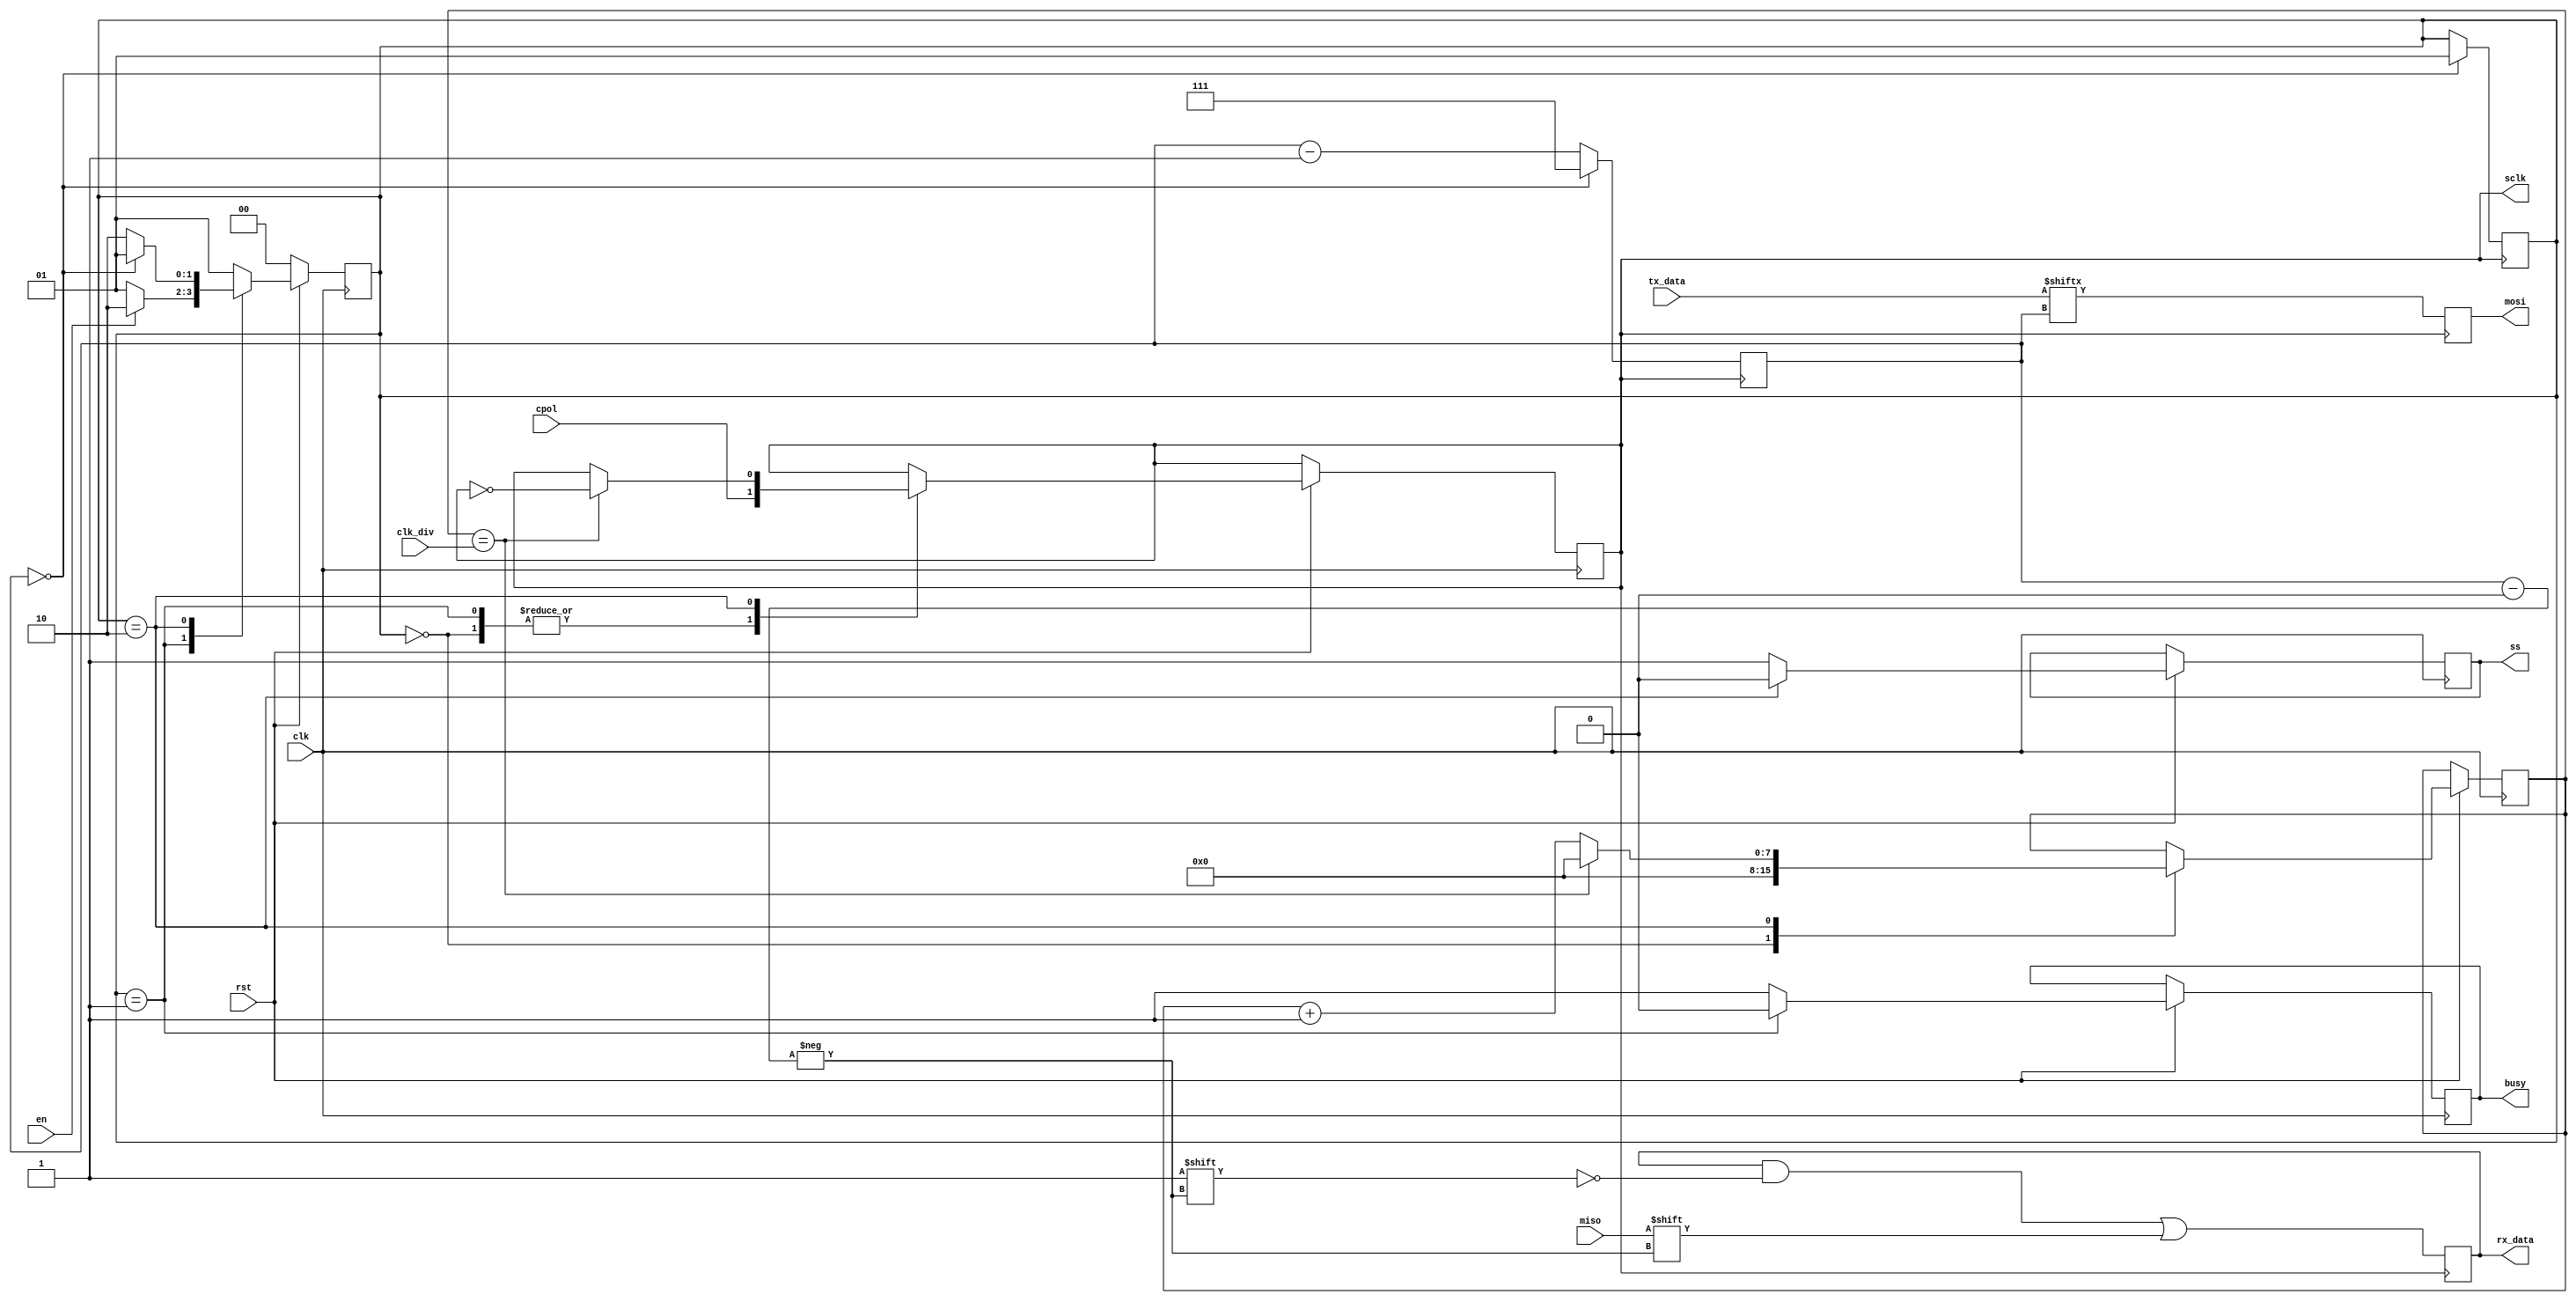
module spi
(
 input clk,		//ceas master
 input rst,
 input miso,  //master input slave output
 input en,
 //input cpha, //faza ceasului cpha=0 se trimit date pe frontul crescator
 input cpol,   //polaritatea ceasului cpol=0 ceasul incepe de la 0
 input [7:0] tx_data,
 input [7:0] clk_div,  //cat de mult divizam ceasul masterului pt slave
 output reg [7:0] rx_data,
 output reg sclk,		//serial clock pt slave	
 output reg busy,		
 output reg ss,		//slave select
 output reg mosi		//master output slave input
 //output reg [n-1]addr;
 );
 
//FSM states 
localparam RESET = 2'd0;
localparam IDLE = 2'd1;
localparam RUNNING = 2'd2;
				
reg [1:0] state;
reg [7:0] clock_div_cnt; //cand clock_div_cnt ajunge la clk_div, sclk isi schimba valoarea 
reg [2:0] bit_cnt = 3'd7;

//transfer & bit counter msb first
		always@(posedge sclk) begin
										mosi <= tx_data[bit_cnt];
										rx_data[bit_cnt] <= miso;
										bit_cnt <= bit_cnt-1;
										  if(bit_cnt == 0) begin
										    state<=IDLE;
										    bit_cnt <=7 ;
										    end
								end
	
				

		always@(posedge clk) begin
			if (~rst) begin 
				state <= RESET;
				end
			else begin
				state <= IDLE;
							
		case(state)
		
// state - RESET
		RESET : begin
		busy <= 1;
		ss <= 1;
		clock_div_cnt <= 0;
		sclk <= cpol;
		if(~rst)
		  state<=RESET;
		  else
		    state<=IDLE;
		end
		
// state - IDLE		
		IDLE: begin
		ss <= 1;
		busy <= 0;
		sclk <= cpol;
		if (en) begin
		state <= RUNNING;
		end
		else  begin
		      state <= IDLE;
		      end
		end
		
// state - RUNNING		
		RUNNING:	begin
		busy <= 1;
		ss <= 0;
//clock divider
		if (clock_div_cnt == clk_div) begin
								clock_div_cnt <=0;
								sclk <= ~sclk;
								end
									else 
									clock_div_cnt <= clock_div_cnt + 1;
          if(bit_cnt == 0) 
			         state <= IDLE;
				      	else
		            state <= RUNNING;
		end	
	  
	  default : begin
		busy <= 1;
		ss <= 1;
		state <= IDLE;
		end					
		
		endcase
	end 
end

		
		
		
	endmodule